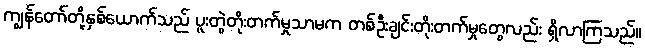
ကျွန်တော်တို့နှစ်ယောက်သည် ပူးတွဲတိုးတက်မှုသာမက တစ်ဦးချင်းတိုးတက်မှုတွေလည်း ရှိလာကြသည်။